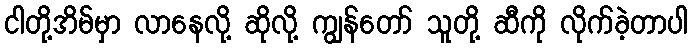
ငါတို့အိမ်မှာ လာနေလို့ ဆိုလို့ ကျွန်တော် သူတို့ ဆီကို လိုက်ခဲ့တာပါ